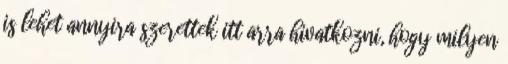
is lehet annyira szerettek itt arra hivatkozni, hogy milyen